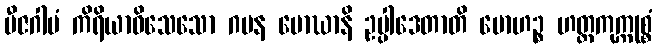
ဗီဇဂါမံ ကိရိယာဝိသေသော ဂမန မောဃာနိ ဥပ္ပါဒေတာတိ မောဟဉ္စ ဟတ္ထကုက္ကုစ္စံ